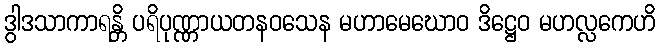
ဒွါဒသာကာရန္တိ ပရိပုဏ္ဏာယတနဝသေန မဟာမေဃောဝ ဒိဋ္ဌေဝ မဟလ္လကေဟိ